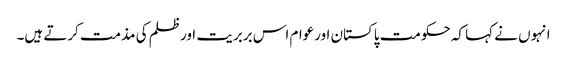
انہوں نے کہا کہ حکومت پاکستان اورعوام اس بربریت اورظلم کی مذمت کرتے ہیں۔